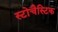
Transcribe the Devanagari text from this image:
स्टोचैस्टिक